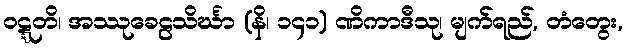
ဝဋ္ဋတိ၊ အဿုခေဠသိင်္ဃာ (နိ၊ ၁၄၁) ဏိကာဒီသု၊ မျက်ရည်, တံတွေး,